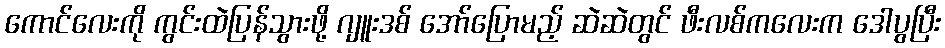
ကောင်လေးကို ကွင်းထဲပြန်သွားဖို့ ဂျူးဒစ် အော်ပြောမည့် ဆဲဆဲတွင် ဖီးလစ်ကလေးက ဒေါပွပြီး